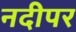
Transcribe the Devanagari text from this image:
नदीपर